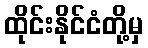
ထိုင်းနိုင်ငံတို့မှ